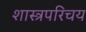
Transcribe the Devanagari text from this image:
शास्त्रपरिचय